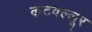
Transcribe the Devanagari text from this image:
कटवल्लूर